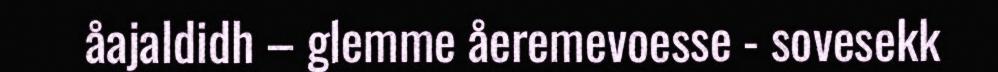
åajaldidh – glemme åeremevoesse - sovesekk